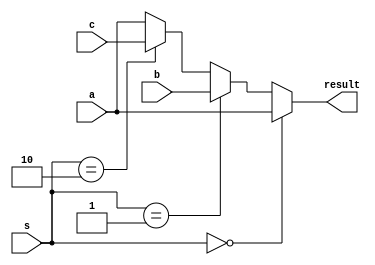
`timescale 1ns / 1ps
//////////////////////////////////////////////////////////////////////////////////
// Company: 
// Engineer: 
// 
// Design Name: 
// Module Name: mux_3
// Project Name: 
// Target Devices: 
// Tool Versions: 
// Description: 
// 
// Dependencies: 
// 
// Revision:
// Revision 0.01 - File Created
// Additional Comments:
// 
//////////////////////////////////////////////////////////////////////////////////

module mux3 #(parameter WIDTH = 8)(
	input wire[WIDTH-1:0] a,b,c,
	input wire[1:0] s,
	output wire[WIDTH-1:0] result
    );

	assign result = (s == 2'b00) ? a :
				(s == 2'b01) ? b:
				(s == 2'b10) ? c: a;
endmodule